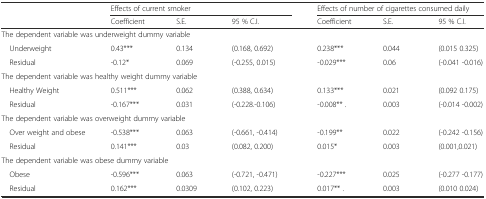
|  | <COLSPAN=3> Effects of current smoker | <COLSPAN=3> Effects of number of cigarettes consumed daily |
 |  | Coefficient | S.E. | 95 % C.I. | Coefficient | S.E. | 95 % C.I. |
 | --- | --- | --- | --- | --- | --- | --- |
 | <COLSPAN=7> The dependent variable was underweight dummy variable |
 | Underweight | 0.43*** | 0.134 | (0.168, 0.692) | 0.238*** | 0.044 | (0.015 0.325) |
 | Residual | -0.12* | 0.069 | (-0.255, 0.015) | -0.029*** | 0.06 | (-0.041 -0.016) |
 | <COLSPAN=7> The dependent variable was healthy weight dummy variable |
 | Healthy Weight | 0.511*** | 0.062 | (0.388, 0.634) | 0.133*** | 0.021 | (0.092 0.175) |
 | Residual | -0.167*** | 0.031 | (-0.228.-0.106) | -0.008** . | 0.003 | (-0.014 -0.002) |
 | <COLSPAN=7> The dependent variable was overweight dummy variable |
 | Over weight and obese | -0.538*** | 0.063 | (-0.661, -0.414) | -0.199** | 0.022 | (-0.242 -0.156) |
 | Residual | 0.141*** | 0.03 | (0.082, 0.200) | 0.015* | 0.003 | (0.001,0.021) |
 | <COLSPAN=7> The dependent variable was obese dummy variable |
 | Obese | -0.596*** | 0.063 | (-0.721, -0.471) | -0.227*** | 0.025 | (-0.277 -0.177) |
 | Residual | 0.162*** | 0.0309 | (0.102, 0.223) | 0.017** . | 0.003 | (0.010 0.024) |